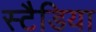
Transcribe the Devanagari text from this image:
स्टैडिया